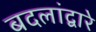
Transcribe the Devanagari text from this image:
बदलांद्वारे